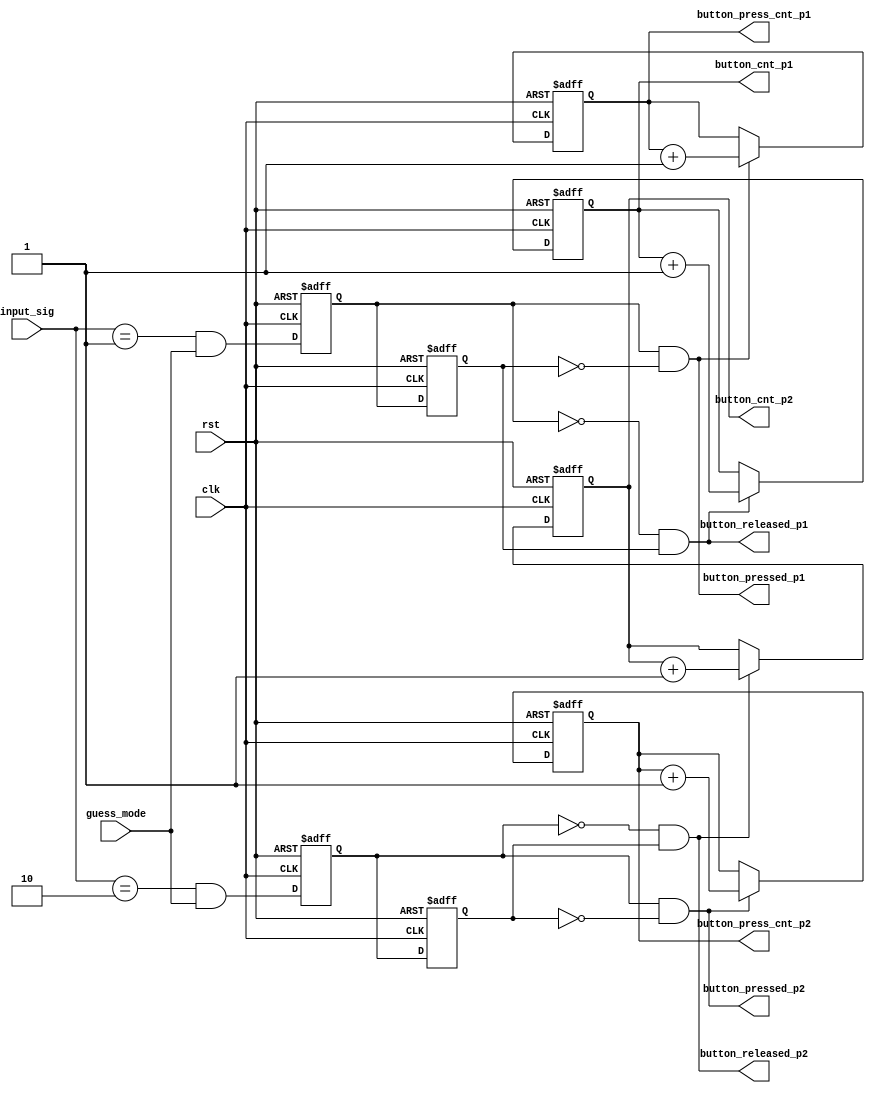
`timescale 1ns / 1ps

module button_signal(
input wire clk,rst,guess_mode,
input wire [1:0]input_sig,
output reg [2:0]button_cnt_p1,button_cnt_p2,
                button_press_cnt_p1,button_press_cnt_p2,
output wire button_released_p1,button_released_p2,
                 button_pressed_p1,button_pressed_p2
    );
     
    
    reg button_d_1,button_s_1,button_d_2,button_s_2;
    
  


    assign button_released_p1 = (~button_d_1) &&( button_s_1) ;
    assign button_released_p2 = (~button_d_2) && (button_s_2) ;
    assign button_pressed_p1 = (button_d_1) &&~( button_s_1) ;
    assign button_pressed_p2 = (button_d_2) && ~(button_s_2) ;

always@(posedge clk, posedge rst )
    if(rst) begin
        button_d_1 <= 1'b0;
        button_d_2 <= 1'b0;
        button_s_1 <= 1'b0;
        button_s_2 <= 1'b0;
       end
    else  begin
        button_d_1 <=  (input_sig == 2'b01) && guess_mode ;
        button_d_2 <=  (input_sig == 2'b10) && guess_mode ;
        button_s_1 <= button_d_1;
        button_s_2 <= button_d_2;
        end

always@(posedge clk, posedge rst)   //   
    if(rst) 
        button_cnt_p1 = 0;
       
    else if((~button_d_1) &&( button_s_1)) begin 
        button_cnt_p1 = button_cnt_p1 + 1;
    end 
    
 always@(posedge clk, posedge rst)   //   
    if(rst) 
        button_cnt_p2 = 0; 
    else if((~button_d_2) && (button_s_2))
        button_cnt_p2 = button_cnt_p2+1 ;
        
 always@(posedge clk, posedge rst)   //   
    if(rst) 
        button_press_cnt_p1 = 0; 
    else if((button_d_1) &&~( button_s_1)) 
        button_press_cnt_p1 = button_press_cnt_p1 + 1;
     
 always@(posedge clk, posedge rst)   //   
    if(rst) 
        button_press_cnt_p2 = 0; 
    else if((button_d_2) && ~(button_s_2)) 
        button_press_cnt_p2 = button_press_cnt_p2+1 ;
               

endmodule